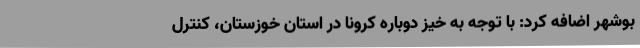
بوشهر اضافه کرد: با توجه به خیز دوباره کرونا در استان خوزستان، کنترل